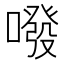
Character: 㗶